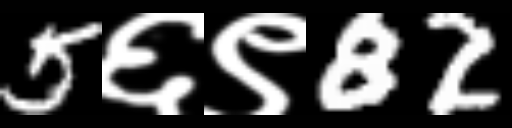
Text: 5६९82